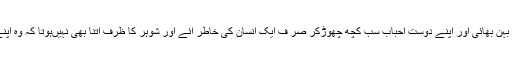
جبکہ وہ عورت جو بیوی کی صورت میں اپنا گھر ، بہن بھائی اور اپنے دوست احباب سب کچھ چھوڑکر صر ف ایک انسان کی خاطر آئے اور شوہر کا ظرف اتنا بھی نہیںہوتا کہ وہ اپنے گھر اپنی زندگی میں اسے باعزت مقام دے سکے۔